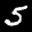
Label: 5